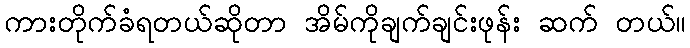
ကားတိုက်ခံရတယ်ဆိုတာ အိမ်ကိုချက်ချင်းဖုန်း ဆက် တယ်။